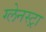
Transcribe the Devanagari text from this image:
ग्लेनस्ट्रा